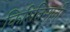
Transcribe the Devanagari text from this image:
किरितिमाती